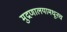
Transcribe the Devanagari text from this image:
मुद्रणालयामधूनच